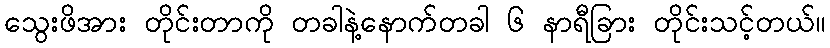
သွေးဖိအား တိုင်းတာကို တခါနဲ့နောက်တခါ ၆ နာရီခြား တိုင်းသင့်တယ်။